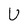
Character: U